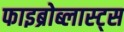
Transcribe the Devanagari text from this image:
फाइब्रोब्लास्ट्स